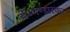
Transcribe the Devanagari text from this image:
डॉ॰भण्डारकर